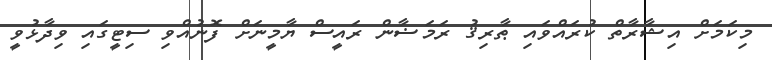
މިކަމަށް އިޝާރާތް ކުރައްވައި ޠާރިޤު ރަމަޟާން ރައީސް ޔާމީނަށް ފޮނުއްވި ސިޓީގައި ވިދާޅުވީ